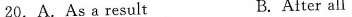
20.A.As a result B.After all